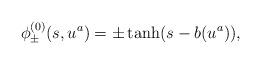
LaTeX: \begin{align*}\phi^{(0)}_{\pm}(s, u^a) = \pm \tanh( s - b(u^a) ),\end{align*}